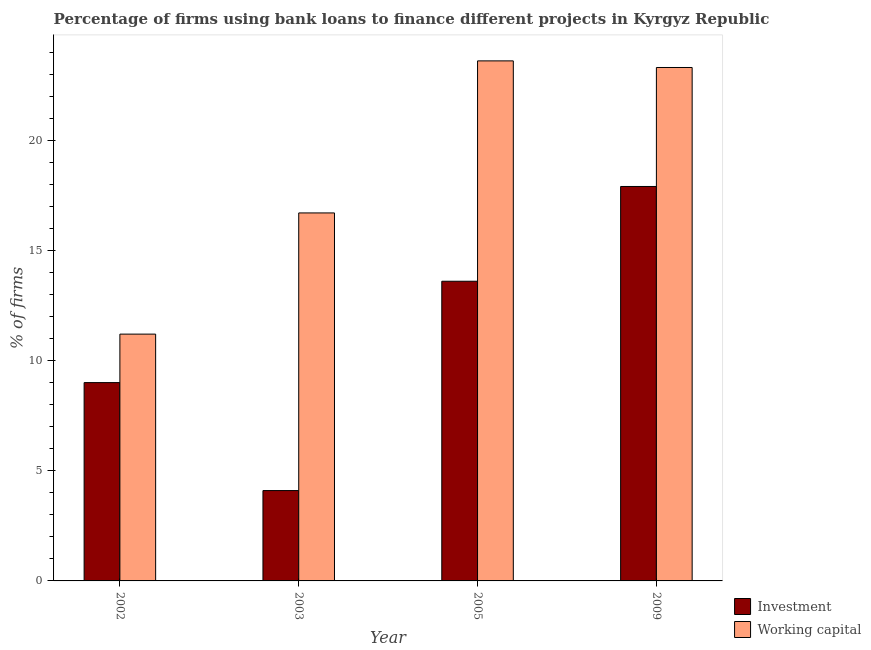
| Year | Investment | Working capital |
 | --- | --- | --- |
 | 2002 | 9 | 11.2 |
 | 2003 | 4.1 | 16.7 |
 | 2005 | 13.6 | 23.6 |
 | 2009 | 17.9 | 23.3 |